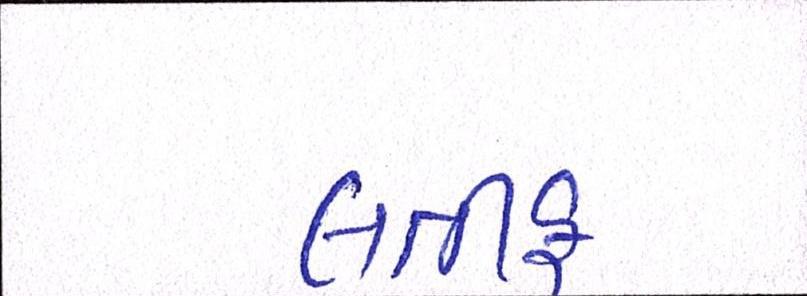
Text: લતીફ